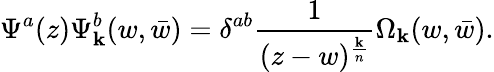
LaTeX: \Psi^{a}(z)\Psi_{\mathbf{k}}^{b}(w,\bar{{w}})=\delta^{ab}{\frac{{1}}{{(z-w)^{\frac{{\mathbf{k}}}{{n}}}}}}\Omega_{\mathbf{k}}(w,\bar{{w}}).